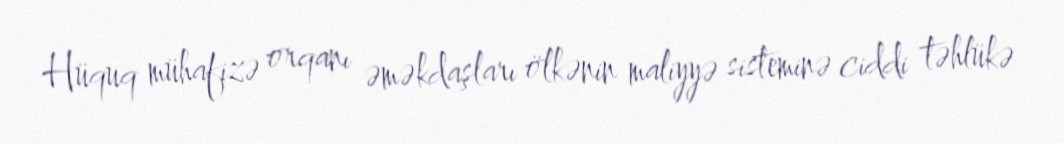
Hüquq mühafizə orqanı əməkdaşları ölkənin maliyyə sisteminə ciddi təhlükə